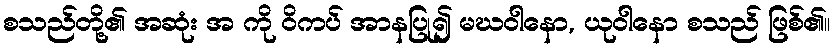
စသည်တို့၏ အဆုံး အ ကို ဝိကပ် အာနပြု၍ မဃဝါနော, ယုဝါနော စသည် ဖြစ်၏။